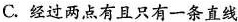
C.经过两点有且只有一条直线